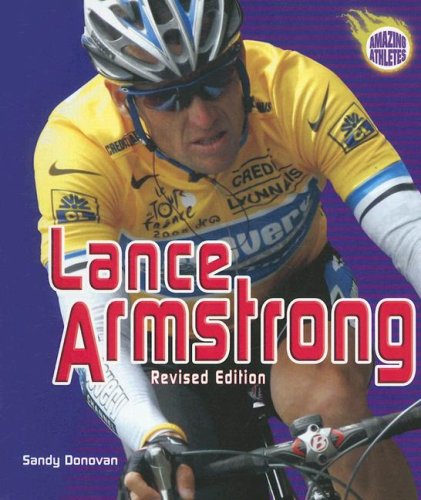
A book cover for Lance Armstrong (Amazing Athletes); Sandy Donovan; Children's Books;